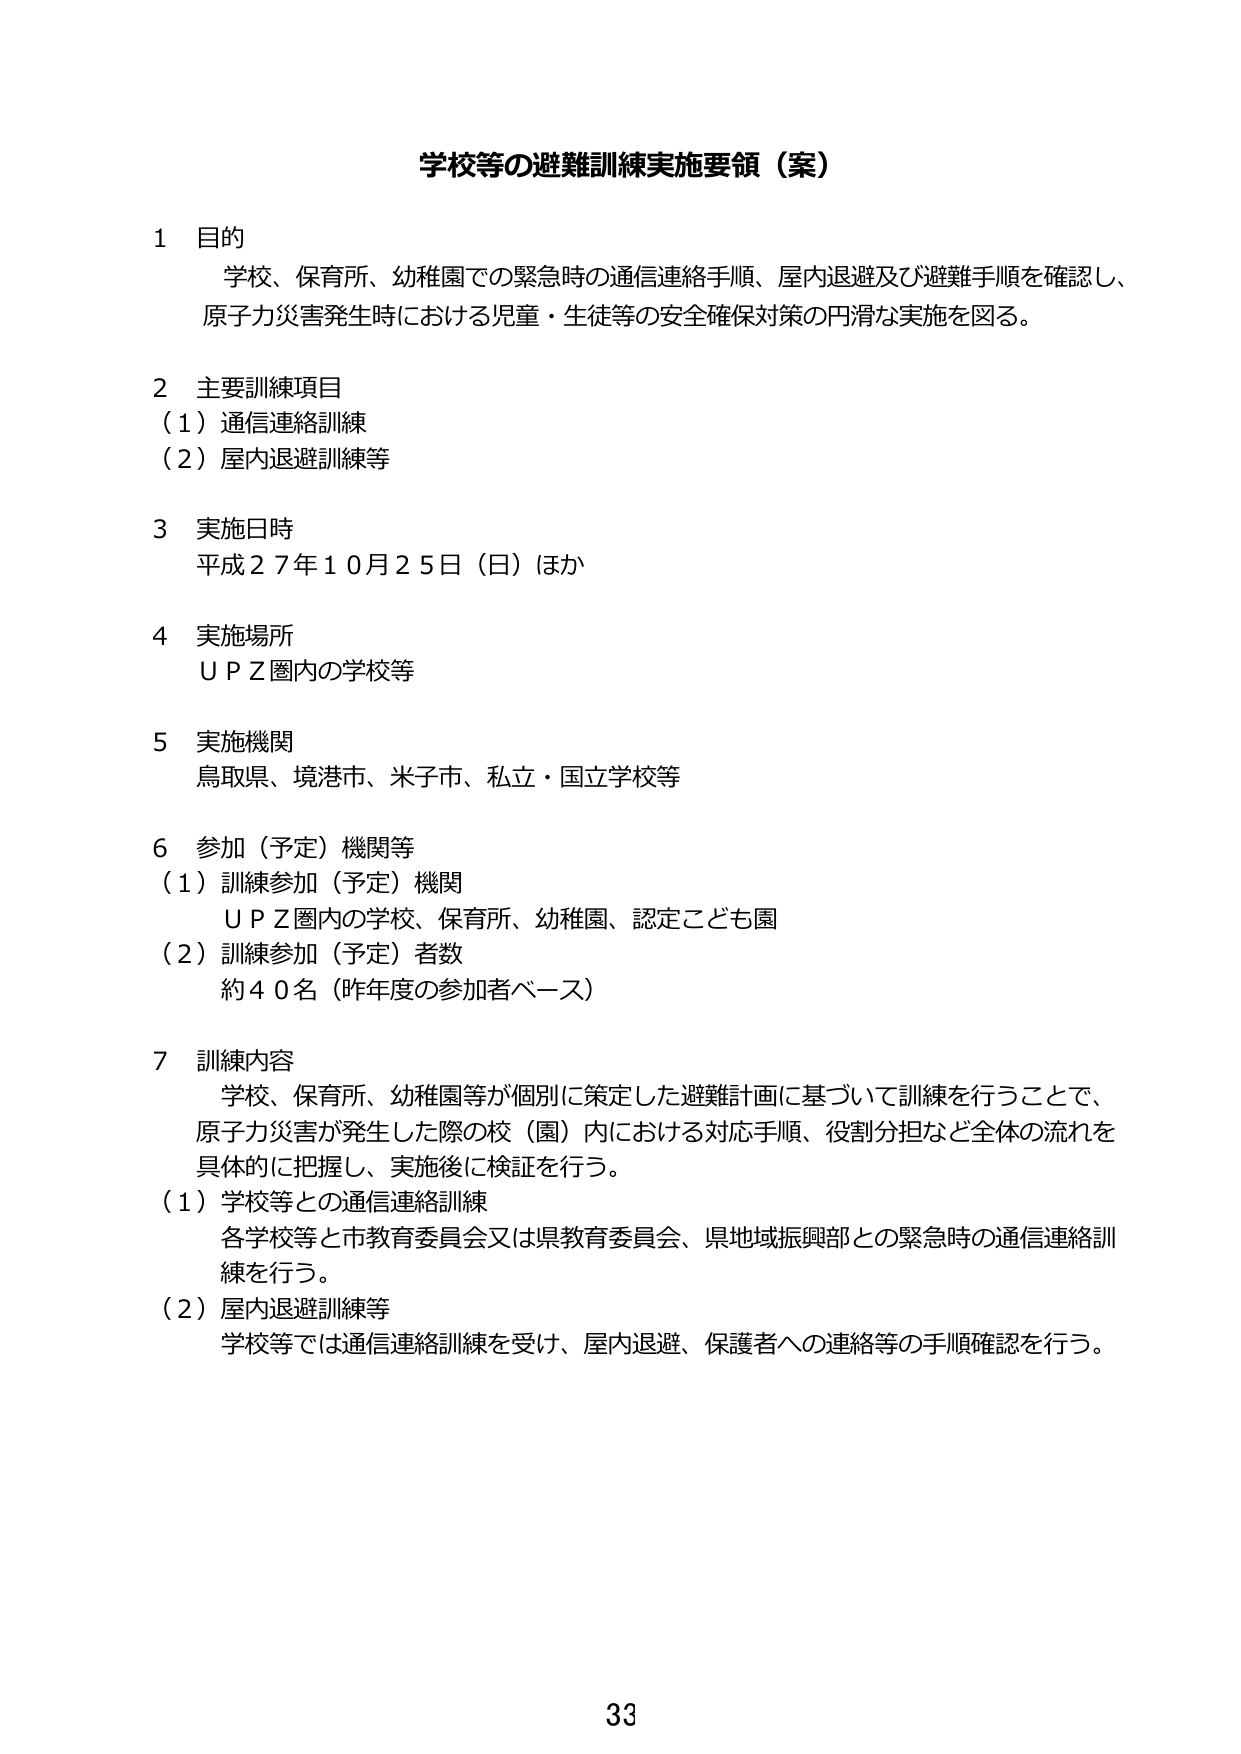
学校等の避難訓練実施要領（案）

1 目的
学校、保育所、幼稚園での緊急時の通信連絡手順、屋内退避及び避難手順を確認し、
原子力災害発生時における児童・生徒等の安全確保対策の円滑な実施を図る。

2 主要訓練項目
（1）通信連絡訓練
（2）屋内退避訓練等

3 実施日時
平成27年10月25日（日）ほか

4 実施場所
ＵＰＺ圏内の学校等

5 実施機関
鳥取県、境港市、米子市、私立・国立学校等

6 参加（予定）機関等
（1）訓練参加（予定）機関
ＵＰＺ圏内の学校、保育所、幼稚園、認定こども園
（2）訓練参加（予定）者数
約40名（昨年度の参加者ベース）

7 訓練内容
学校、保育所、幼稚園等が個別に策定した避難計画に基づいて訓練を行うことで、
原子力災害が発生した際の校（園）内における対応手順、役割分担など全体の流れを
具体的に把握し、実施後に検証を行う。
（1）学校等との通信連絡訓練
各学校等と市教育委員会又は県教育委員会、県地域振興部との緊急時の通信連絡訓練を行う。
（2）屋内退避訓練等
学校等では通信連絡訓練を受け、屋内退避、保護者への連絡等の手順確認を行う。

33